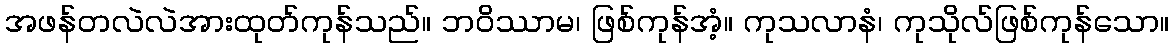
အဖန်တလဲလဲအားထုတ်ကုန်သည်။ ဘဝိဿာမ၊ ဖြစ်ကုန်အံ့။ ကုသလာနံ၊ ကုသိုလ်ဖြစ်ကုန်သော။